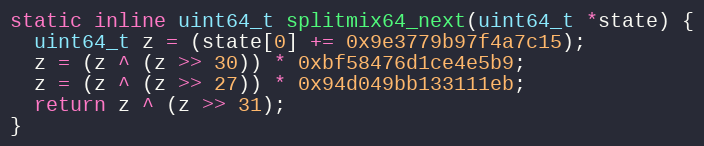
Language: C
static inline uint64_t splitmix64_next(uint64_t *state) {
  uint64_t z = (state[0] += 0x9e3779b97f4a7c15);
  z = (z ^ (z >> 30)) * 0xbf58476d1ce4e5b9;
  z = (z ^ (z >> 27)) * 0x94d049bb133111eb;
  return z ^ (z >> 31);
}